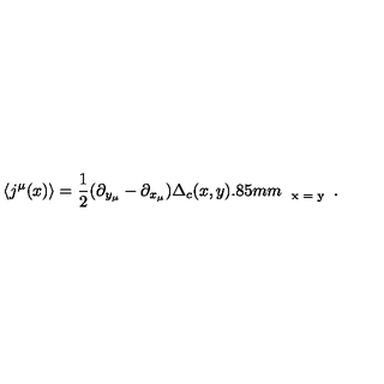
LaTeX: \langle j ^ { \mu } ( x ) \rangle = \frac { 1 } { 2 } ( \partial _ { y _ { \mu } } - \partial _ { x _ { \mu } } ) \Delta _ { c } ( x , y ) \raisebox { - 2 . 8 5 m m } { \scriptsize { x = y } } .